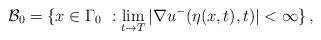
LaTeX: \begin{align*}\mathcal{B}_0=\{x\in \Gamma_0\ : \lim_{t\rightarrow T} |\nabla u^-(\eta(x,t),t)|<\infty\}\,,\end{align*}